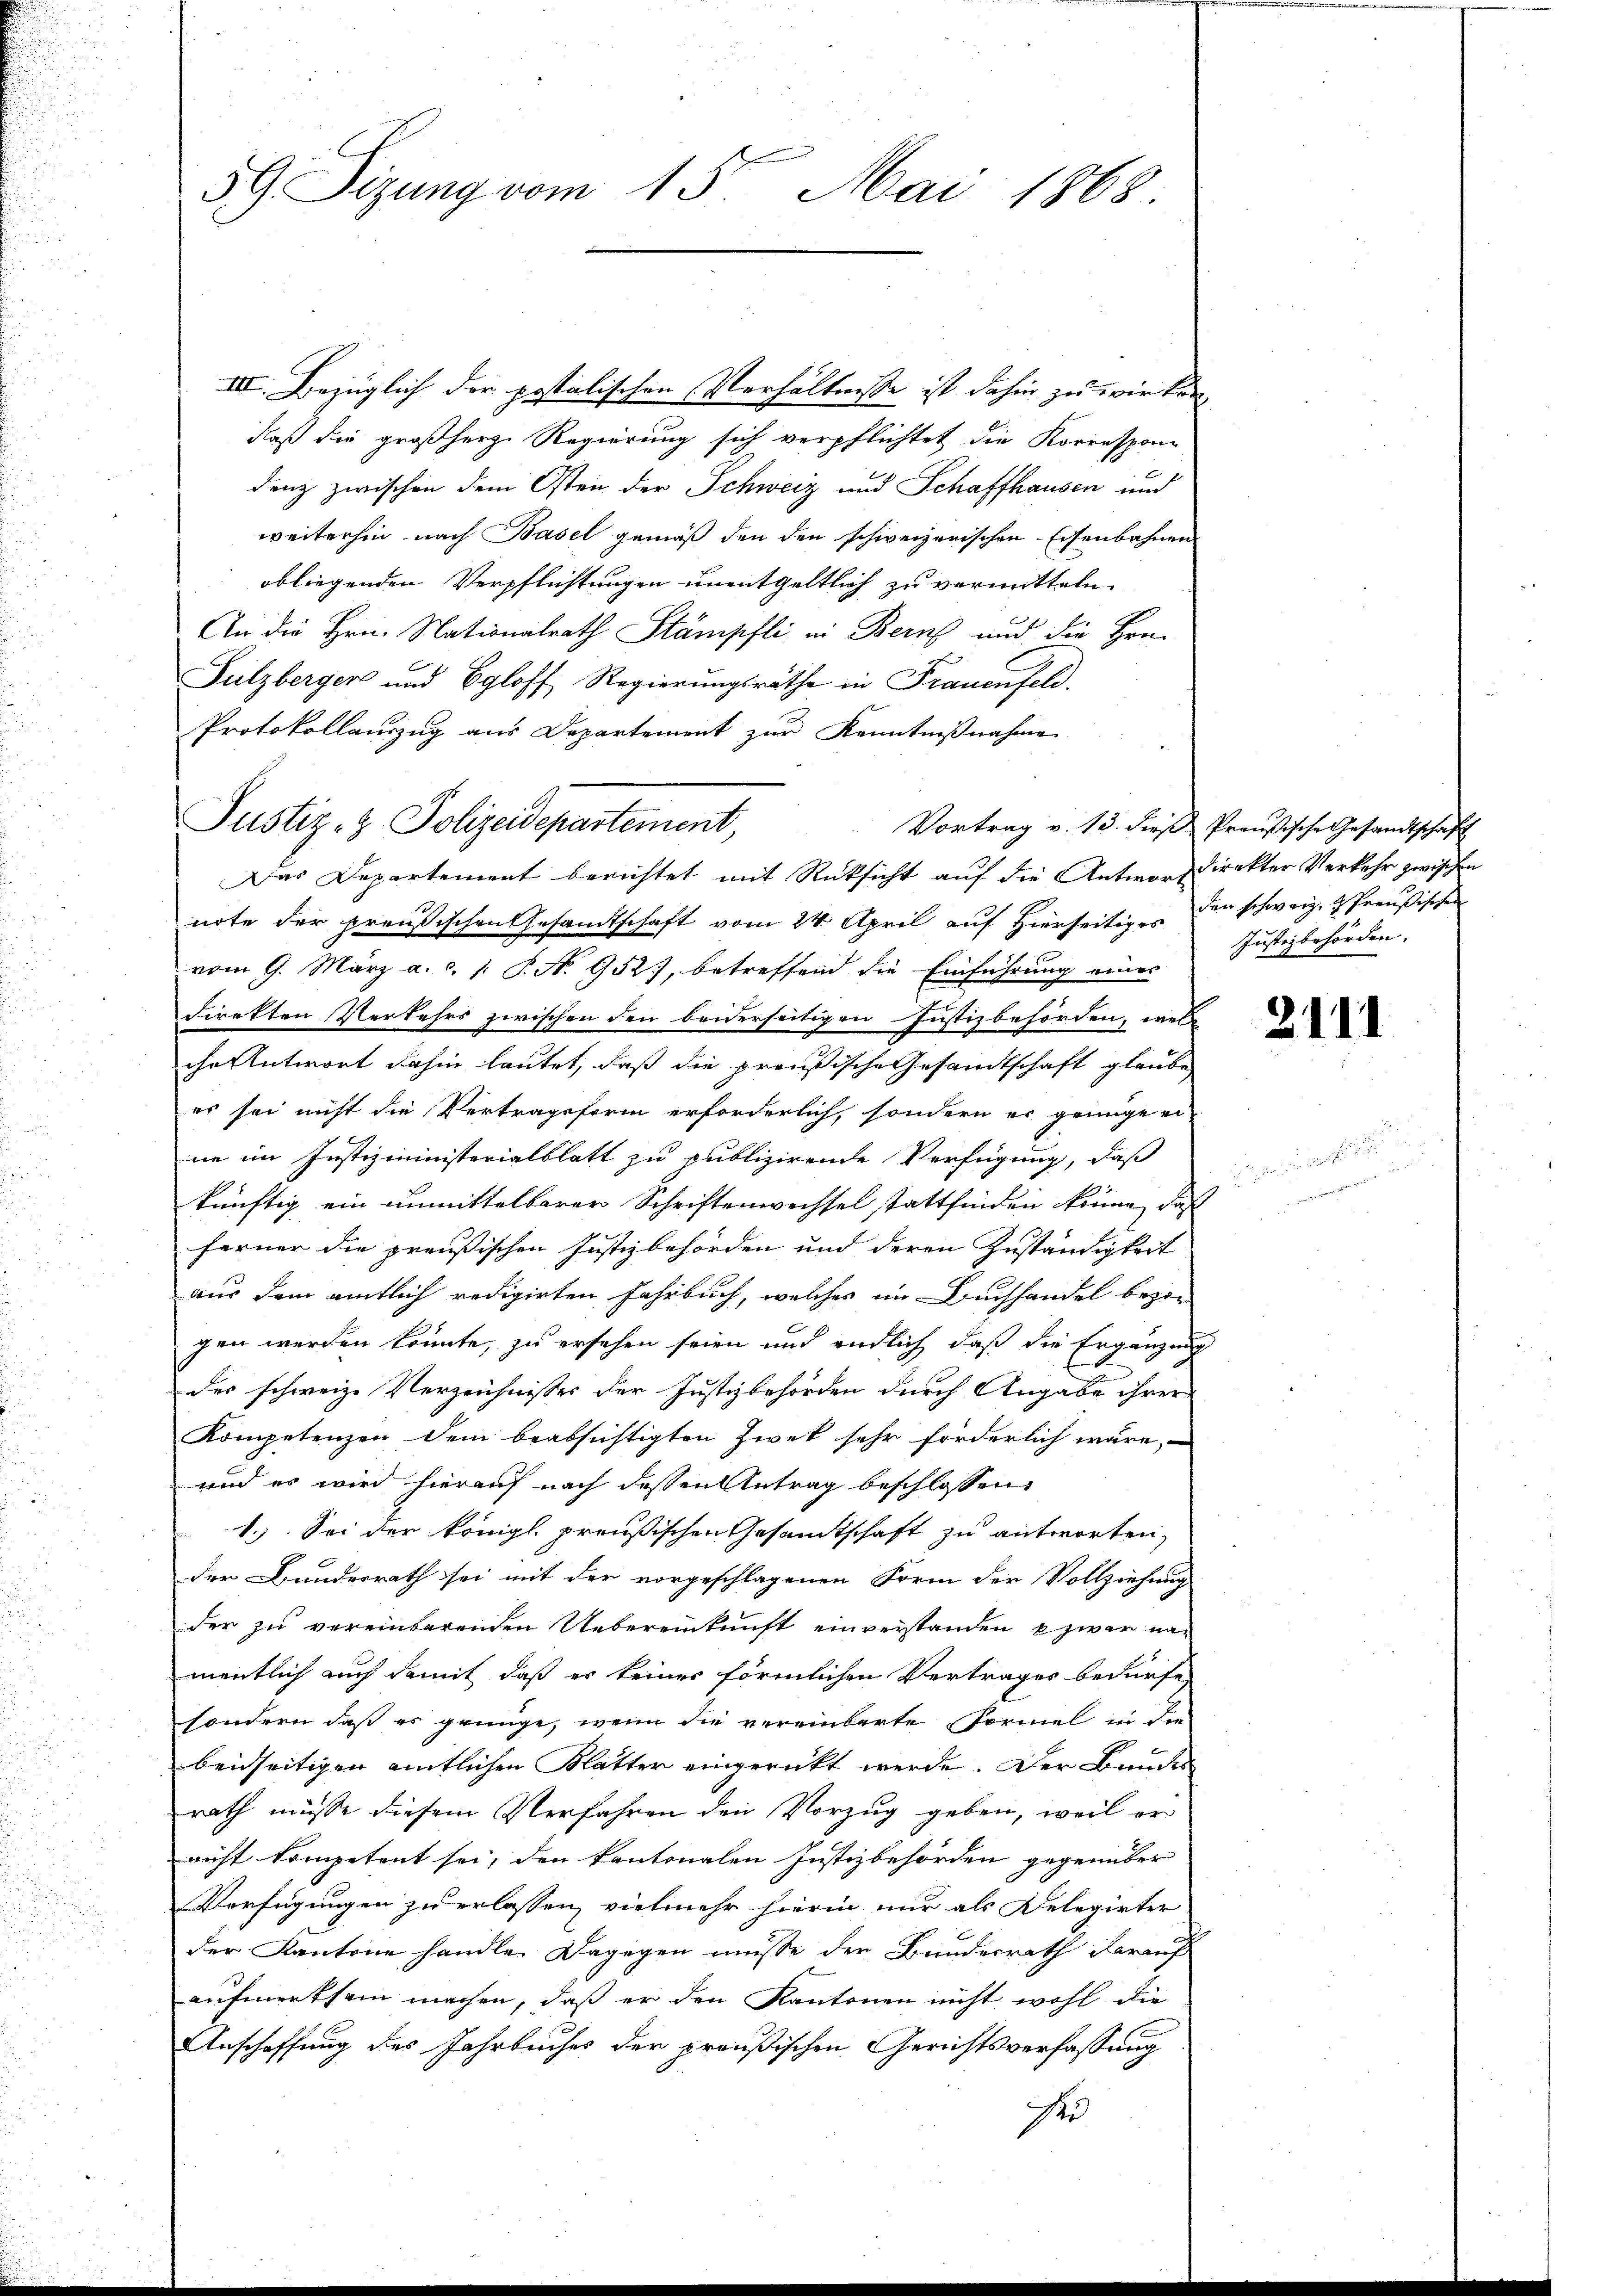
59 Sizung vom 15. Mai 1868.

III. Bezüglich der postolischen Verhältnisse ist dahin zu wirken,
daß die großherze Regierung sich verpflichtet die Korresponn
denz zwischen dem Osten der Schweiz und Schaffhausen und
weiterhin nach Basel gemäß den den schweizerischen Eisenbahnen
obliegenden Verpflichtungen unentgeltlich zu vermitteln.
An die Hrn. Nationalrath Stämpfli in Berns und die Hrn.
Sulzbergers und Egloff, Regierungsräthe in Frauenfeld.
Protokollauszug aus Departement zur Kenntnißnahme
Das Departement berichtet mit Rücksicht auf die Antwort direkter Verkehr zwischen
note der preußischen Gesandtschaft vom 24. April auf Hierseitiges den schweiz. Preußischen
vom 9. März a. c. 1. P. N. 952), betreffend die Einführung eines
direkten Verkehrs zwischen den beiderseitigen Justizbehörden, wes
che Antwort dahin lautet, daß die preußische Gesandtschaft glaube,
es sei nicht die Vertragsform erforderlich, sondern er genüge ei
ne im Justizministerialblatt zu publizirende Verfügung, daß
künftig ein unmittelbarer Schriftenwechsel stattfinden könne, daß
ferner die preußischen Justizbehörden und deren Zuständigkeit
aus dem amtlich redigirten Fahrbuch, welches im Buchhandel bezir
gen werden könnte, zu ersehen seien und endlich daß die Ergänzung
des schweiz. Verzeichnisses der Justizbehörden durch Angabe ihrer
Kompetenzen dem beabsichtigten Zweck sehr forderlich wäre,
und es wird hierauf nach dessen Antrag beschlossen
1.) Sei der königl. preußischen Gesandtschaft zu antworten,
der Bundesrath sei mit der vorgeschlagenen Form der Vollziehung
der zu vereinbarenden Uebereinkunft einverstanden zwar namentlich auch damit, daß es keiner förmlichen Vertrages bedürfe
sondern daß es gründe, wenn die vereinbarte Vormel in die
beidseitigen amtlichen Blatter eingerückt werde. Der Bundes
rath müsse diesem Verfahren den Vorzug geben, weil er
nicht kompetent sei, den kantonalen Justizbehörden gegenüber
Verfügungen zu erlassen, vielmehr hierin nur als Delegirter
der Kantone handle. Dagegen müsse der Bundesrath darauf
aufmerksam machen, daß er den Kantonen nicht wohl die
Anschaffung des Jahrbuches der preußischen Gerichtsverfassung
ser

Justiz- & Polizeidepartement,

Vortrag v. 13. dieβ Preußische Gesandtschaft
Justizbehörden.

2111